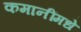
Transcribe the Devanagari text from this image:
कमानींमधे